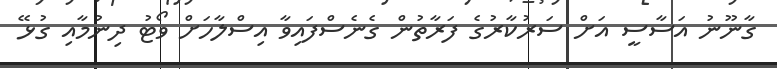
ގާނޫނު އަސާސީ އަށް ސަރުކާރުގެ ފަރާތުން ގެނެސްފައިވާ އިސްލާހަށް ވޯޓު ދިނުމާއި ގުޅޭ